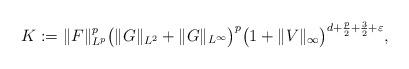
LaTeX: \begin{align*}K := \Vert F \Vert_{L^{p}}^{p} \big{(} \Vert G \Vert_{L^{2}} + \Vert G \Vert_{L^{\infty}} \big{)}^{p} \big{(} 1 + \Vert V \Vert_{\infty} \big{)}^{d + \frac{p}{2} + \frac{3}{2} + \varepsilon},\end{align*}